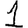
Digit: 1